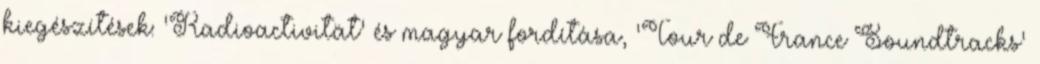
kiegészítések: 'Radioactivität' és magyar fordítása, 'Tour de France Soundtracks'